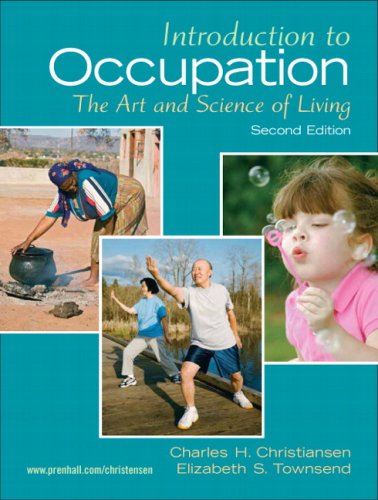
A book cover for Introduction to Occupation: The Art of Science and Living (2nd Edition); Charles Christiansen Ed.D.  OTR; Medical Books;